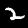
Label: 2